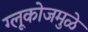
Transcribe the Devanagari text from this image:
ग्लूकोजमुळे